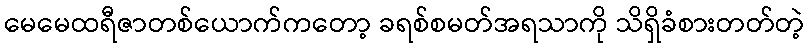
မေမေထရီဇာတစ်ယောက်ကတော့ ခရစ်စမတ်အရသာကို သိရှိခံစားတတ်တဲ့